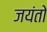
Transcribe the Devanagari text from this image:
जयंतो